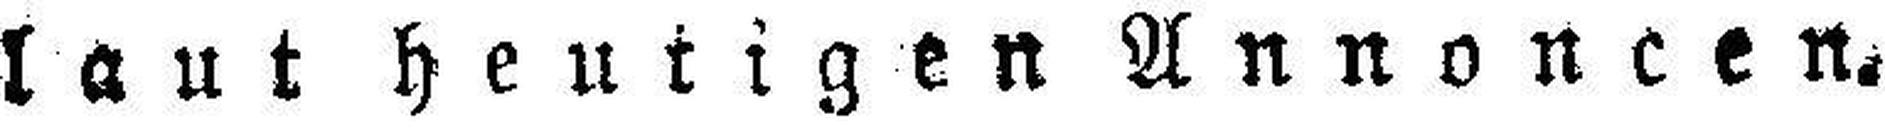
laut heutigen Annoncen.